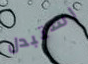
استبدل